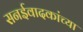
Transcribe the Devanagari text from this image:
सनईवादकांच्या